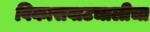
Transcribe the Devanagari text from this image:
विकासवाटचालीचा